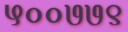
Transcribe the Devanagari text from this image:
५००७७९